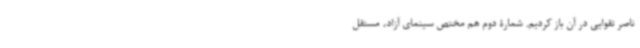
ناصر تقوایی در آن باز کردیم. شمارۀ دوم هم مختص سینمای آزاد، مستقل